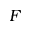
F